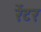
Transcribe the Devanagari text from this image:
रेंटर